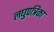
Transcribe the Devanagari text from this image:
लघुपत्रिका